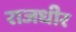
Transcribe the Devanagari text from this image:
राजधीर